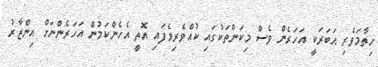
ހިތާމަވެރި ޙަބަރަކީ އަހަރެން ވެސް މިކަންތަކުގައި ކުއްވެރިވެފައި އޮތީ އެހެންކަމުން އަހަރެންނަށް އިންޒާރު